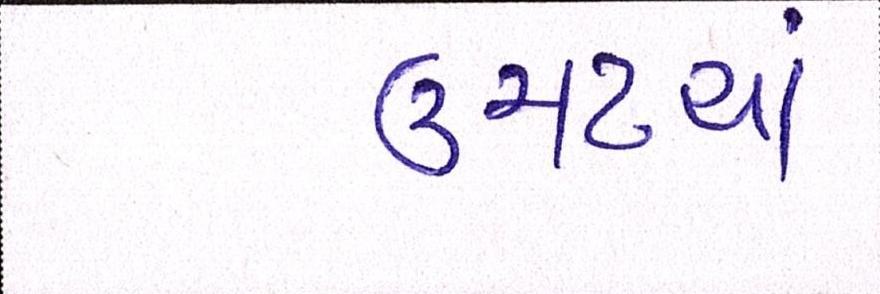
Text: ઉમટયાં